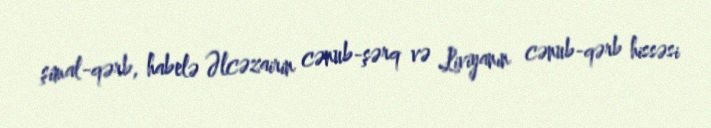
şimal-qərb, habelə Əlcəzairin cənub-şərq və Liviyanın cənub-qərb hissəsi